Plague in India, 1896, 1897 - Volume 1
Year: 1896
Disease focus: Plague
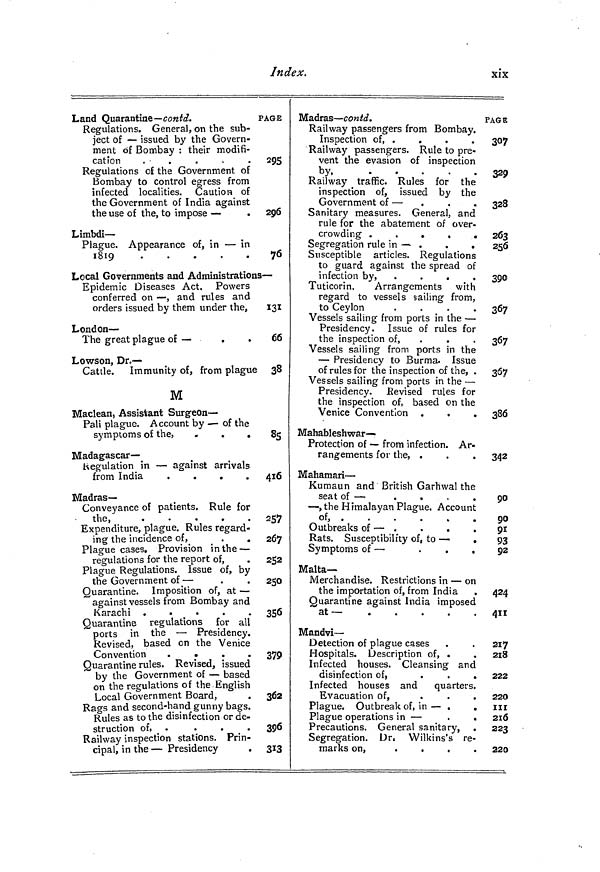
Index.
XIX
Land Quarantine— contd.
Regulations. General, on the sub-
ject of — issued by the Govern-
ment of Bombay : their modifi-
cation
.
.
.
.
.
Regulations of the Government of
Bombay to control egress from
infected localities. Caution of
the Government of India against
the use of the, to impose —
•
Limbdi —
Plague. Appearance of, in — in
1819
PAGE
295
296
76
Local Governments and Administrations-
Epidemic Diseases Act. Powers
conferred on — , and rules and
orders issued by them under the,
London —
The great plague of —
.
Lowson, Dr.—
Cattle.
Immunity of, from plague
M
Maclean, Assistant Surgeon-
Pali plague. Account by — of the
symptoms of the 5
. . .
Madagascar—
Regulation in — against arrivals
from India
.
.
.
.
Madras—
Conveyance of patients. Rule for
t
h
e .
.
.
.
.
)
.
•
•
.
•
Expenditure, plague. Rules regard-
ing the incidence of, _ .
Plague cases. Provision in the —
regulations for the report of,
Plague Regulations. Issue of, by
the Government of —
Quarantine. Imposition of, at —
against vessels from Bombay and
Karachi ,
.
.
.
.
Quarantine regulations for all
ports in the — Presidency.
Revised, based on the Venice
Convention
.
.
.
.
Quarantine rules. Revised, issued
by the Government of — based
on the regulations of the English
Local Government Board,
Rags and second-hand gunny bags.
Rules as to the disinfection or de-
struction of, _ .
.
.
.
Railway inspection stations. Prin-
cipal, in the — Presidency
Ï3I
66
38
85
416
2571 ?
/
267
252
250
356
379
362
396
313
Madras — contd.
Railway passengers from Bombay.
Inspection of, .
Railway passengers. Rule to pre-
vent the evasion of inspection
bv.
.
.
.
.
J 9
•
w
•
.
•
Railway traffic. Rules for the
inspection of, issued by the
Government of —
Sanitary measures. General, and
rule for the abatement of over-
crowding .
.
.
.
.
Segregation rule in — .
Susceptible articles. Regulations
to guard against the spread of
infection by, .
.
.
.
Tuticorin.
Arrangements with
regard to vessels sailing from,
to Ceylon
.
.
.
.
Vessels sailing from ports in the —
Presidency, Issue of rules for
the inspection of,
Vessels sailing from ports in the
— Presidency to Burma. Issue
of rules for the inspection of the, .
Vessels sailing from ports in the —
Presidency. Revised rules for
the inspection of, based on the
Venice Convention
Mahableshwar—
Protection of — from infection. Ar-
rangements for the, .
Mahamari —
Kumaun and British Garhwal the
seat of —
—, the Himalayan Plague. Account
of,
Outbreaks of — .
.
.
.
Rats. Susceptibility of, to —
.
Symptoms of —
Malta-
Merchandise. Restrictions in — on
the importation of, from India
Quarantine against India imposed
at—
Mandvi —
Detection of plague cases
Hospitals. Description of, .
Infected houses. Cleansing anc
disinfection of,
Infected houses and
quarters
Evacuation of,
Plague. Outbreak of, in — .
Plague operations in —
Precautions. General sanitary,
Segregation. Dr Wilkins's re
marks on,
.
.
.
.
PAGE
307
329l
328
263
256
390
367
367
367
386
342
90
00 90i
91
93
92
424
411
217
218
222
220
111
210
223
220